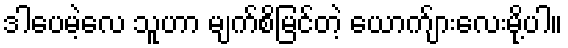
ဒါပေမဲ့လေ သူဟာ မျက်စိမြင်တဲ့ ယောက်ျားလေးမို့ပါ။